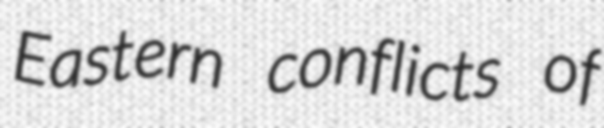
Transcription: Eastern conflicts of